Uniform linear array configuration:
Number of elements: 24
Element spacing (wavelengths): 0.5
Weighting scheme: cosine
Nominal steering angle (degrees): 0
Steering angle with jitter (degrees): -1.25
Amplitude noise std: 0.05
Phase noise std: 0.05

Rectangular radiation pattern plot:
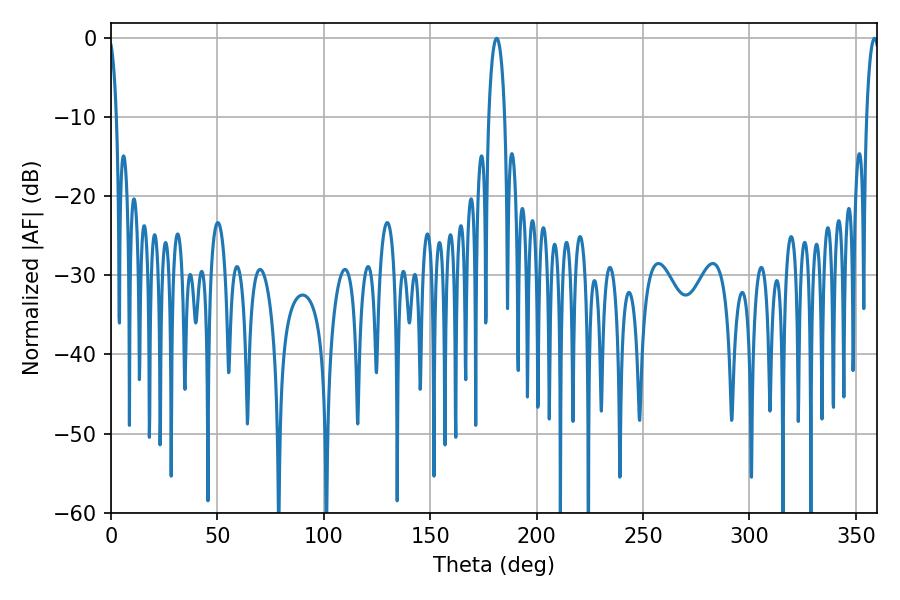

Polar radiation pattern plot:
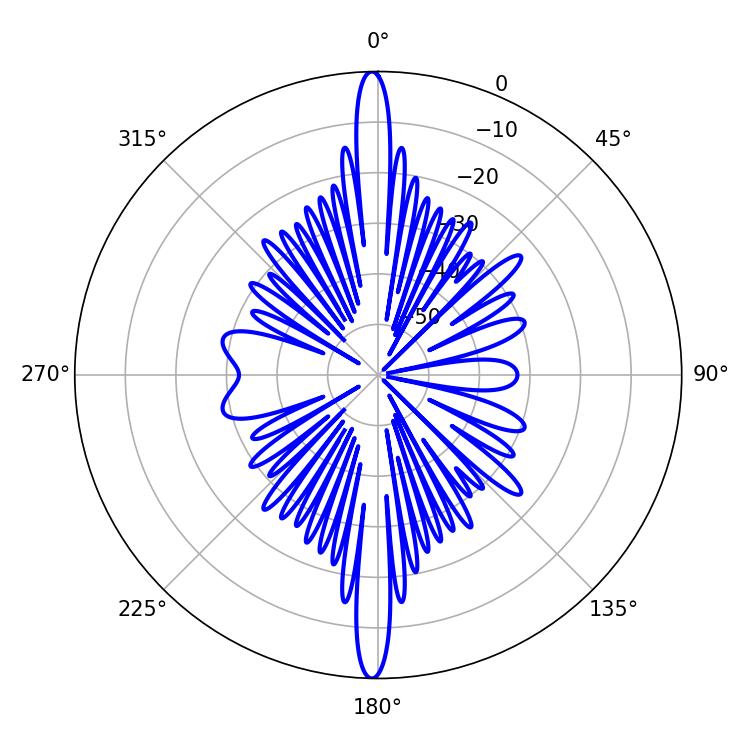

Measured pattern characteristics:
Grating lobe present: FALSE
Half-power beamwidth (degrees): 3.42
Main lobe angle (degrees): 358.74